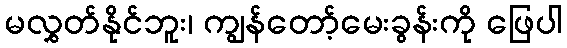
မလွှတ်နိုင်ဘူး၊ ကျွန်တော့်မေးခွန်းကို ဖြေပါ